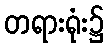
တရားရုံး၌